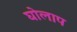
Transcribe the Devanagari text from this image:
घोलाप